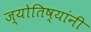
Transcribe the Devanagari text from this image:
ज्योतिष्यांनी